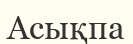
Асықпа